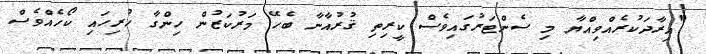
"އިރާދަކުރެއްވިއްޔާ މި ސެންޓަރުގައިވެސް ކީރިތި ޤުރުއާނާ ބެހޭ މަރުކަޒުން ހިންގާ ހުރިހައި ކޯހެއްވެސް